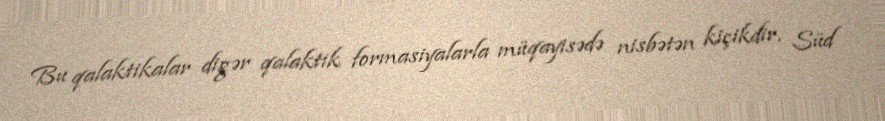
Bu qalaktikalar digər qalaktik formasiyalarla müqayisədə nisbətən kiçikdir, Süd